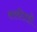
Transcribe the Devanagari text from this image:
सरकीतही